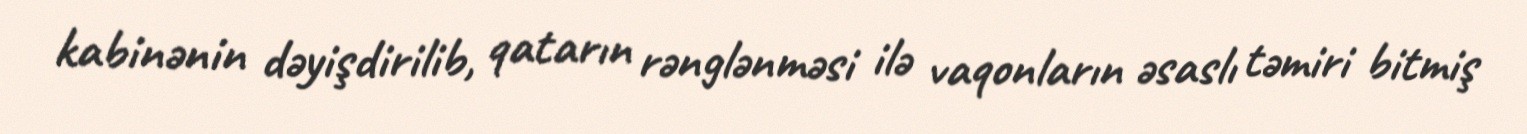
kabinənin dəyişdirilib, qatarın rənglənməsi ilə vaqonların əsaslı təmiri bitmiş